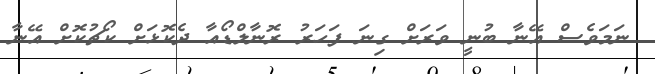
ނަމަވެސް އޭނާ ބުނީ ވަރަށް ގިނަ ފަހަރު ރޮނާލްޑޯއާ ދެކޮޅަށް ކޯޗުކޮށް އޭނާ